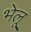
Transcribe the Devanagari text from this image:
भेलू